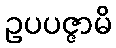
ဥပပဇ္ဇာမိ